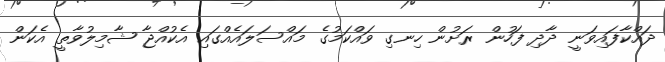
ދައްކާފައިވަނީ ދާދި ފަހުން ރަށުން ހިނގި ވައްކަމުގެ މައްސަލައެއްގައި އެކުއްޖާ ޝާމިލުވާތީ އެކަން